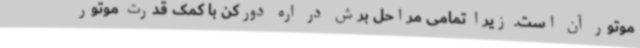
موتور آن است. زیرا تمامی مراحل برش در اره دورکن با کمک قدرت موتور